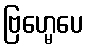
ဗြဟ္မေပေ